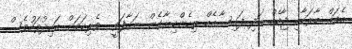
އެތައް ބާރަކާއި ޖާހެއް އަދި ފައިސާއެއް ތިހެންކިޔާގެން ނަގާފަވީ  ވެރިކަމަށް އައިދުވަހުވެސް